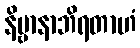
နိဗ္ဗာနာဘိရတာဟံ